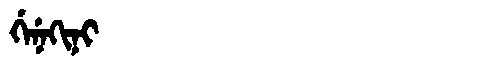
Manchu: ᡤᡝᠨᡝᡴᡳᠨᡳ
Romanization: GENEKINI